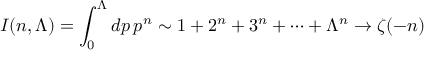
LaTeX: I ( n , \Lambda ) = \int _ { 0 } ^ { \Lambda } d p \, p ^ { n } \sim 1 + 2 ^ { n } + 3 ^ { n } + \cdots + \Lambda ^ { n } \to \zeta ( - n )